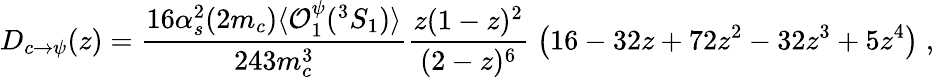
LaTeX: D_{c\to\psi}(z)=\frac{16\alpha_{s}^{2}(2m_{c})\langle{\cal O}_{1}^{\psi}(^{3}S_{1})\rangle}{243m_{c}^{3}}\frac{z(1-z)^{2}}{(2-z)^{6}}\; \left(16-32z+72z^{2}-32z^{3}+5z^{4}\right)\; ,